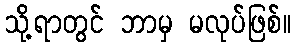
သို့ရာတွင် ဘာမှ မလုပ်ဖြစ်။